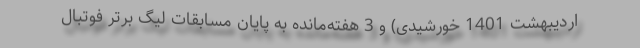
اردیبهشت 1401 خورشیدی) و 3 هفته‌مانده به پایان مسابقات لیگ برتر فوتبال